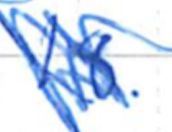
Text: 18.
Cross-out: mix
Writing tool: ballpoint